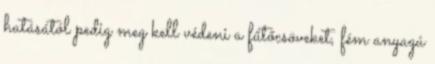
hatásától pedig meg kell védeni a fűtőcsöveket, fém anyagú